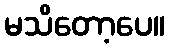
မသိတော့ပေ။